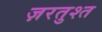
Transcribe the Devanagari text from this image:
ज़रतुश्त